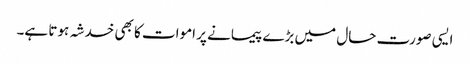
ایسی صورت حال میں بڑے پیمانے پر اموات کا بھی خدشہ ہوتا ہے۔